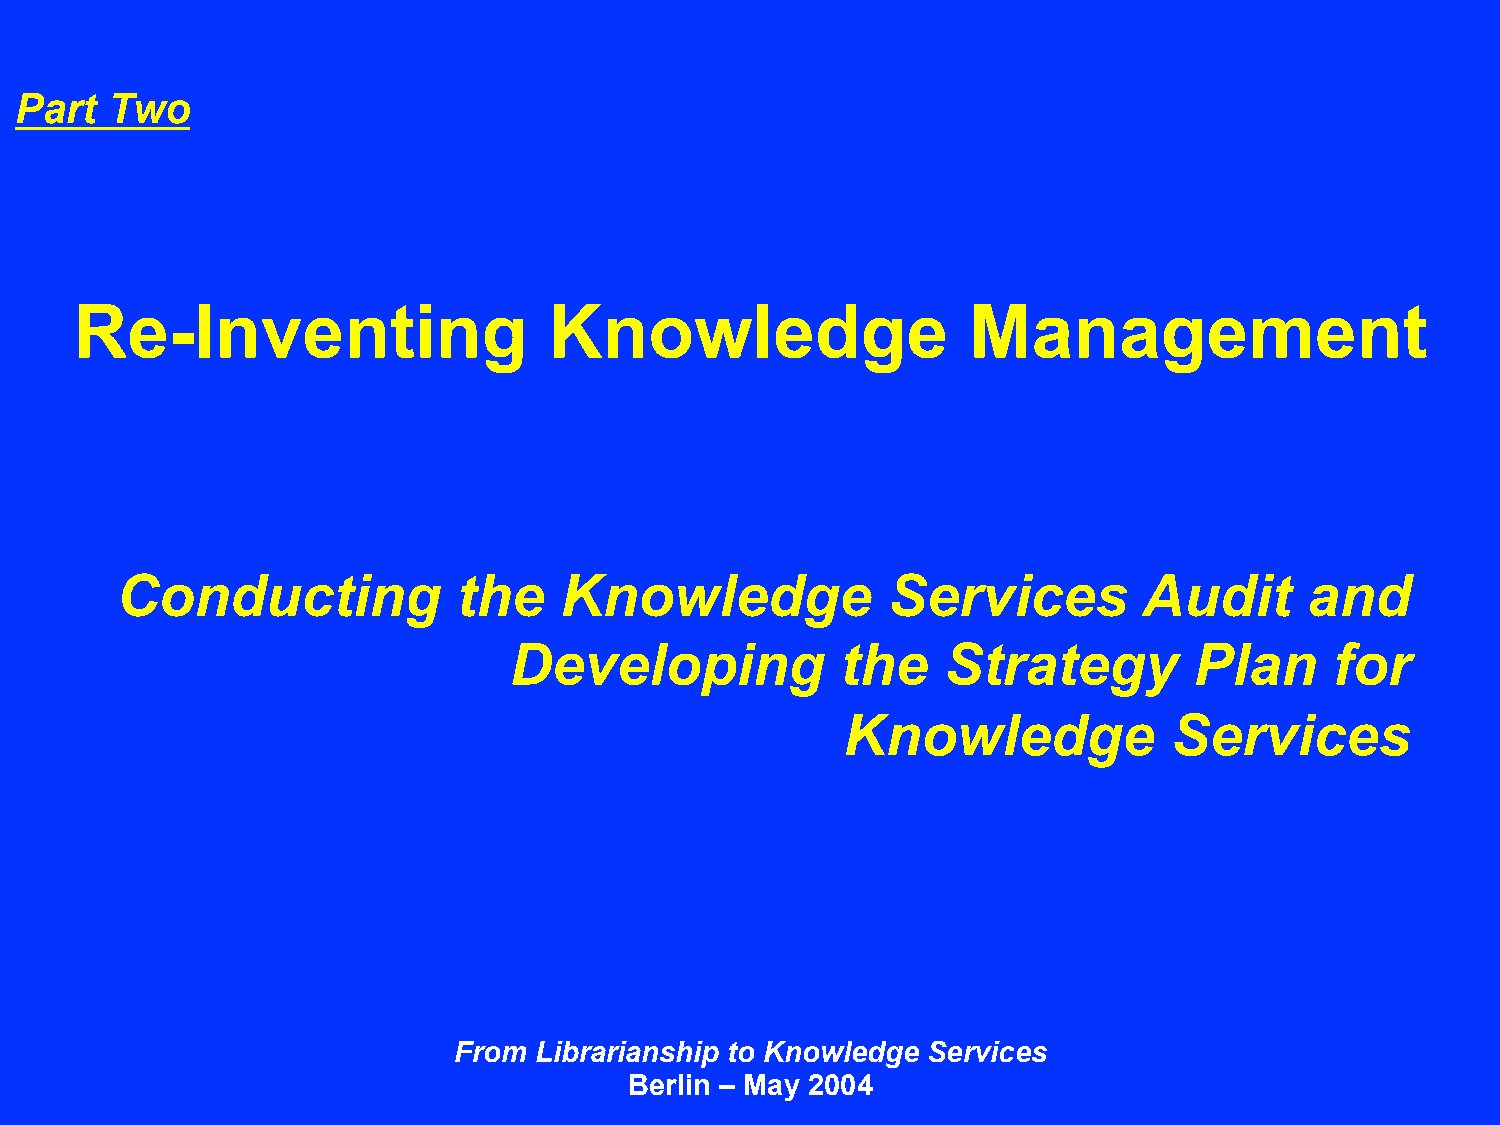
Part  Two
 Re-Inventing                   Knowledge                   Management
 Conducting            the    Knowledge             Services         Audit      and
 Developing            the    Strategy        Plan     for
 Knowledge             Services
 From Librarianship to Knowledge Services
 Berlin – May 2004